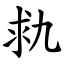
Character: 㐜